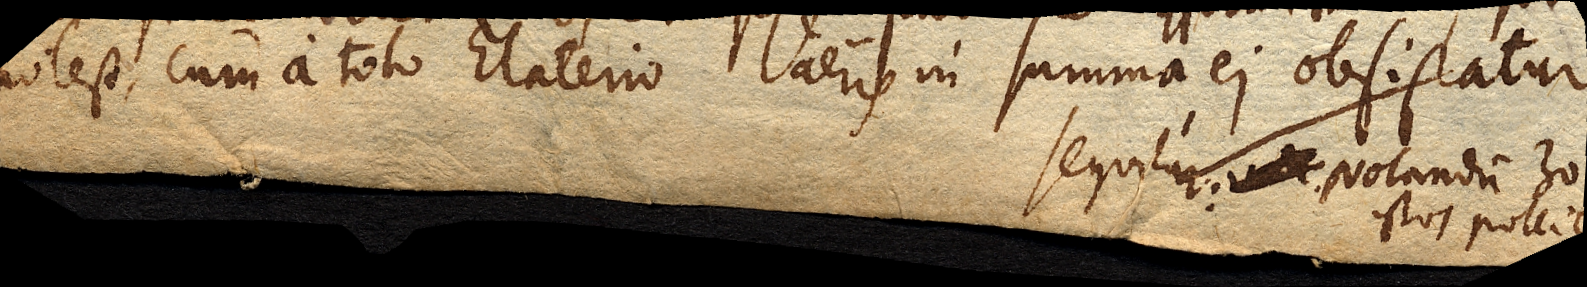
potest, cum a toto Elaterio aeris in summa ei obsistatur. Sequitur: